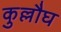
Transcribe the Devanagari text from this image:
कुल्लौघ